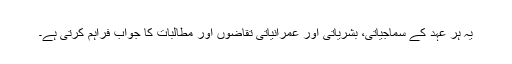
یہ ہر عہد کے سماجیاتی، بشریاتی اور عمرانیاتی تقاضوں اور مطالبات کا جواب فراہم کرتی ہے۔